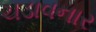
ચડાવનાર